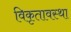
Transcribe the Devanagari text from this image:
विकृतावस्था